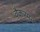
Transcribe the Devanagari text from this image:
वैकरमन